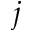
j